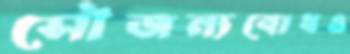
সৌজন্যবোধও